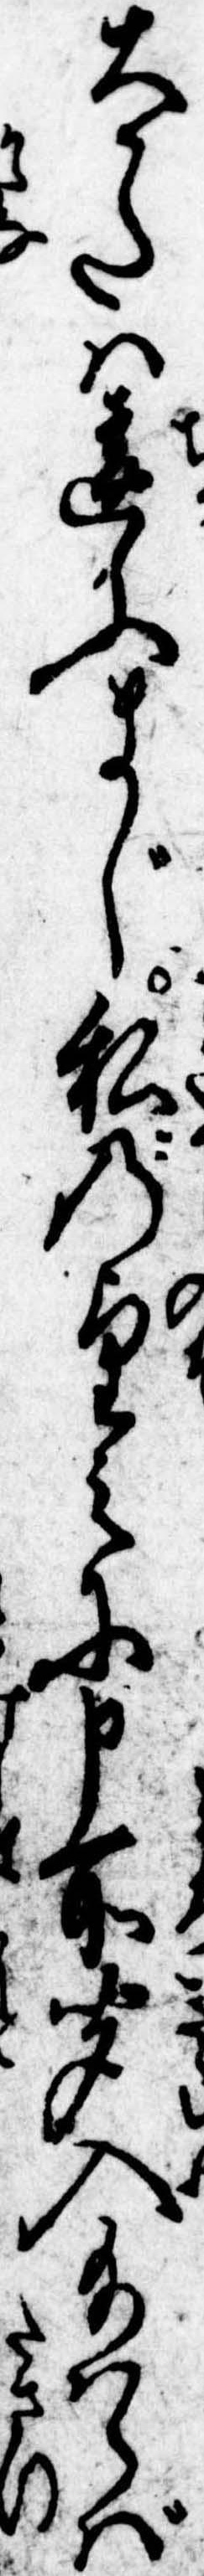
大かたは違ふまじ私の望みに申所聞入給はらば